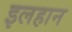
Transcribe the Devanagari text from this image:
इलहान